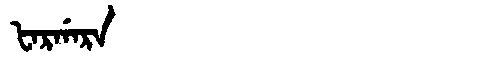
Manchu: ᡶᠠᡵᡤᠠᡵᠠ
Romanization: FARGARA